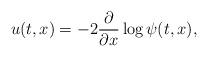
LaTeX: \begin{align*} u(t,x) = - 2\frac{\partial }{\partial x} \log \psi(t,x), \end{align*}